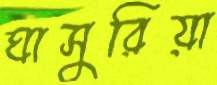
ঘাসুরিয়া